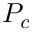
P _ { c }